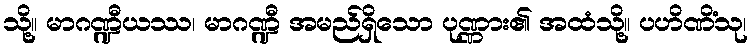
သို့။ မာဂဏ္ဍီယဿ၊ မာဂဏ္ဍီ အမည်ရှိသော ပုဏ္ဏား၏ အထံသို့။ ပဟိဏိံသု၊